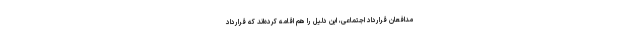
مدافعان قرارداد اجتماعی، این دلیل را هم اقامه کرده‌اند که قرارداد